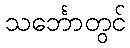
သင်္ဘောတွင်